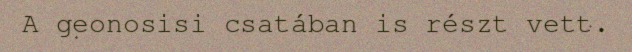
A geonosisi csatában is részt vett.